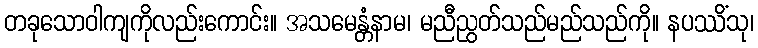
တခုသောဝါကျကိုလည်းကောင်း။ အသမေန္တံနာမ၊ မညီညွတ်သည်မည်သည်ကို။ နပဿိံသု၊